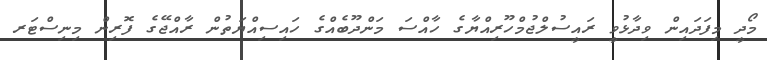
މޯދީ މިފަދައިން ވިދާޅުވީ ރައީސުލްޖުމްހޫރިއްޔާގެ ހާއްސަ މަންދޫބެއްގެ ހައިސިއްޔަތުން ރާއްޖޭގެ ފޮރިން މިނިސްޓަރ